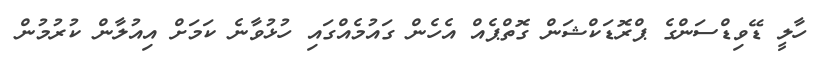
ހާލީ ޑޭވިޑްސަންގެ ޕްރޮޑަކްޝަން ގޮތްޕެއް އެހެން ގައުމެއްގައި ހުޅުވާނެ ކަމަށް އިއުލާން ކުރުމުން